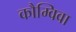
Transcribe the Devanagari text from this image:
कौम्विवा